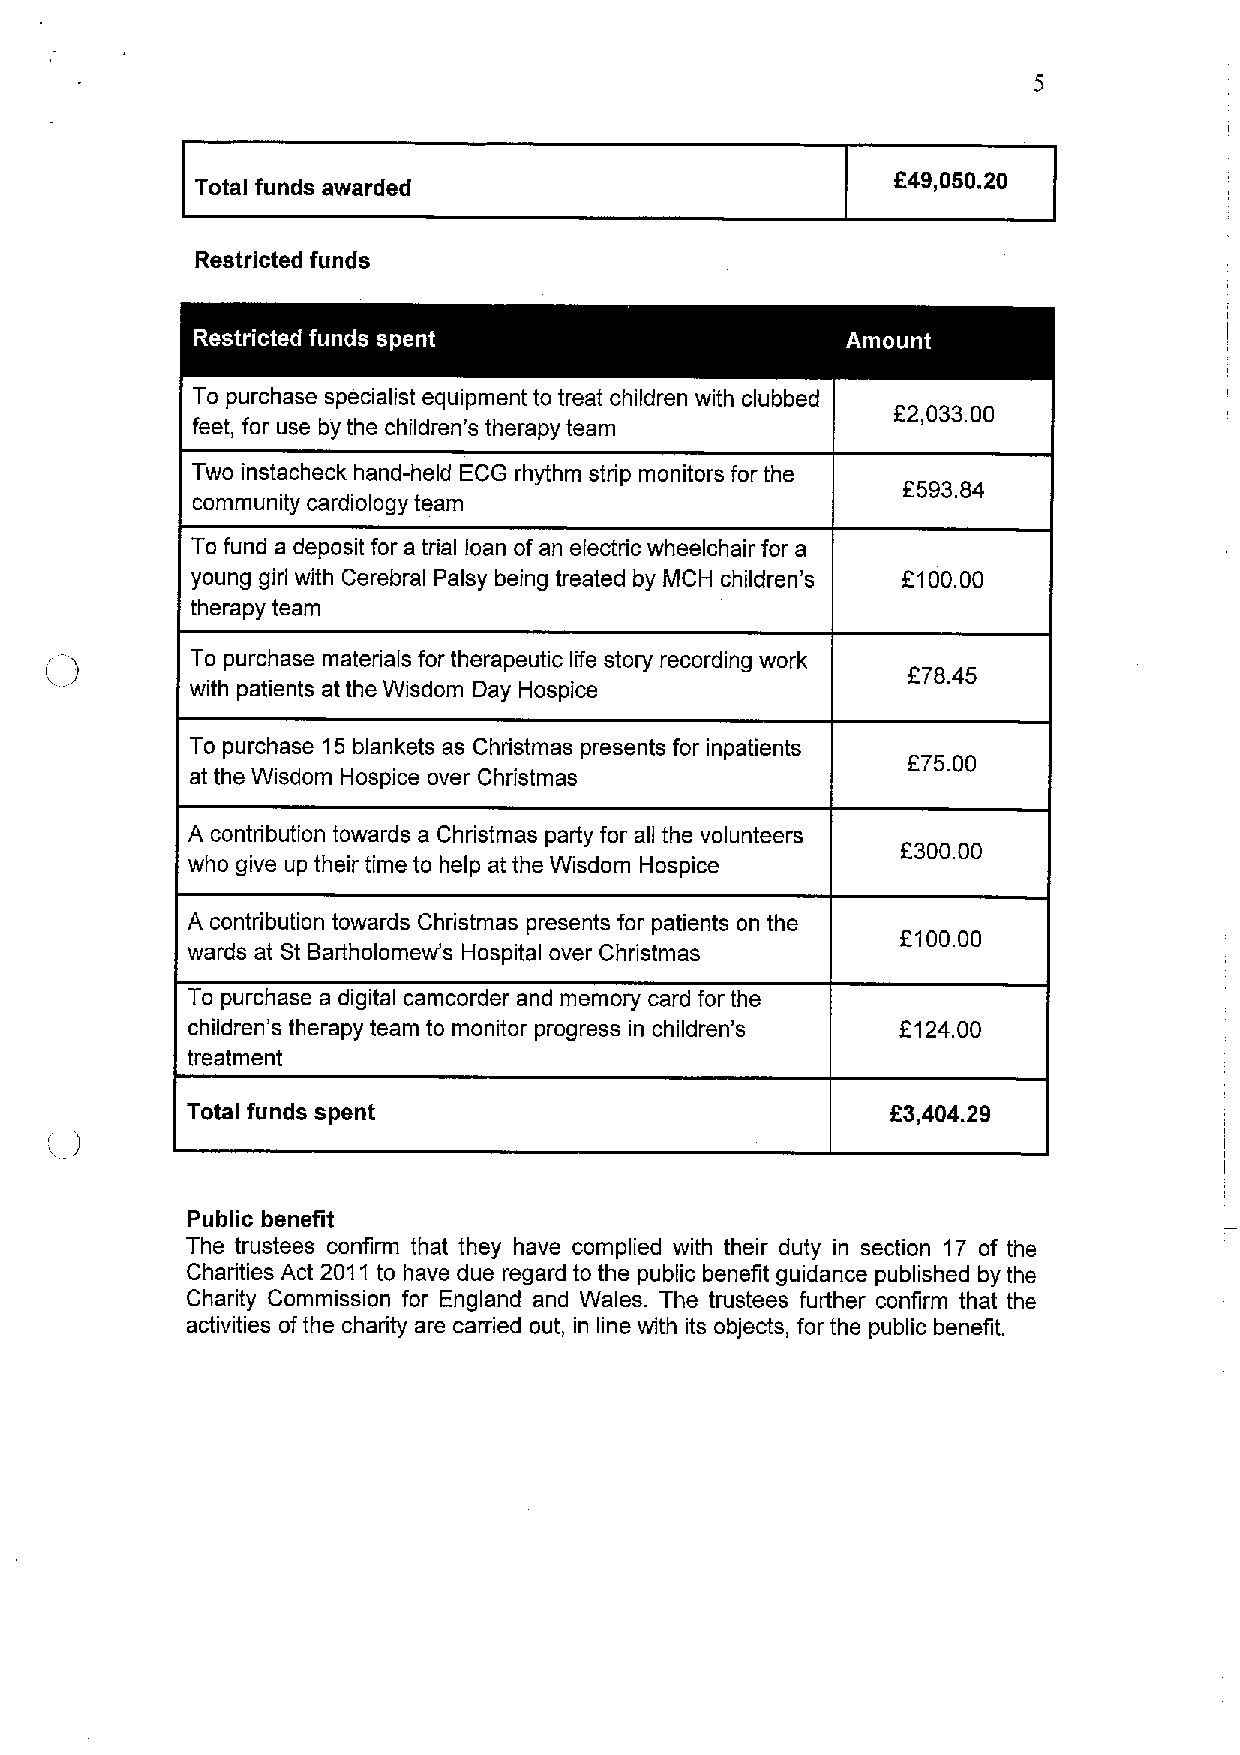
F49,050.20
 Total funds awarded
 Restricted funds
 To purchase specialist equipment to treat children with clubbed
 E2,033.00
 feet, for use by the children's therapy team
 Two instacheck hand-held ECG rhythm strip monitors for the
 f593.84
 community cardiology team
 To fund a deposit for a trial loan of an electric wheelchair for a
 young girl with Cerebral Palsy being treated by MCH children's f100.00
 therapy team
 To purchase materials for therapeutic life story recording work
 f78.45
 with patients at the Wisdom Day Hospice
 To purchase 15blankets as Christmas presents for inpatients
 F75.00
 at the Wisdom Hospice over Christmas
 A contribution towards a Christmas party for all the volunteers
 f300.00
 who give up their time to help at the Wisdom Hospice
 A contribution towards Christmas presents for patients on the
 F100.00
 wards at St Bartholomew's Hospital over Christmas
 To purchase a digital camcorder and memory card for the
 children's therapy team to monitor progress in children' s 2124.00
 treatment
 Total funds spent                              F3,404.29
 Public benefit
 The trustees confirm that they have complied with their duty in section 17 of the
 Charities Act 2011to have due regard to the public benefit guidance published by the
 Charity Commission for England and Wales. The trustees further confirm that the
 activities ofthe charity are carried out, in line with its objects, for the public benefit.